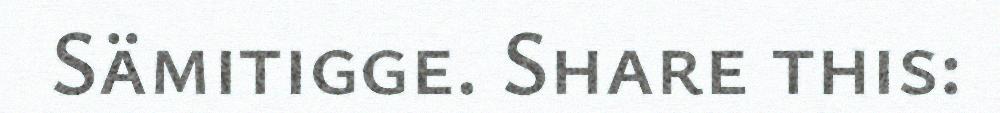
Sämitigge. Share this: